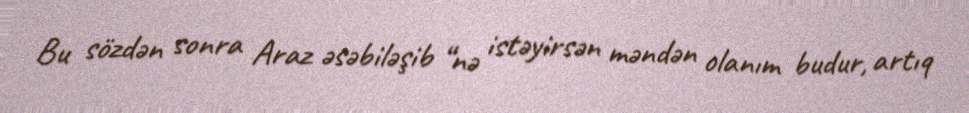
Bu sözdən sonra Araz əsəbiləşib “nə istəyirsən məndən olanım budur, artıq